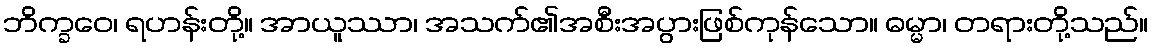
ဘိက္ခဝေ၊ ရဟန်းတို့။ အာယူဿာ၊ အသက်၏အစီးအပွားဖြစ်ကုန်သော။ ဓမ္မာ၊ တရားတို့သည်။